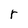
Character: r